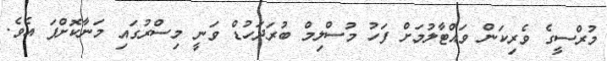
މުރްސީގެ ވެރިކަން ވައްޓާލުމަށް ފަހު މުސްލިމް ބުރަދަހުޑް ވަނީ މިސްރުގައި މަނާކޮށްފަ އެވެ.